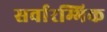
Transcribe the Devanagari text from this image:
सर्वारम्भिक